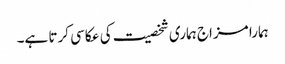
ہمارا مزاج ہماری شخصیت کی عکاسی کرتا ہے۔